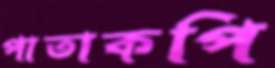
পাতাকপি